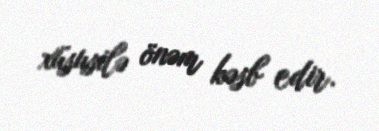
xüsusilə önəm kəsb edir.